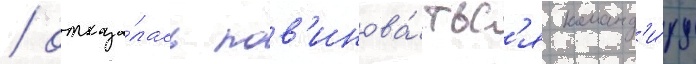
/ отказа́лась пов'инова́тьс'я команд'и́ру